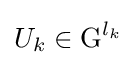
U_{k}\in \operatorname {G} ^{l_{k}}